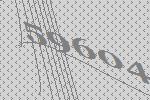
59604